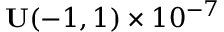
\mathbf { U } ( - 1 , 1 ) \times 1 0 ^ { - 7 }